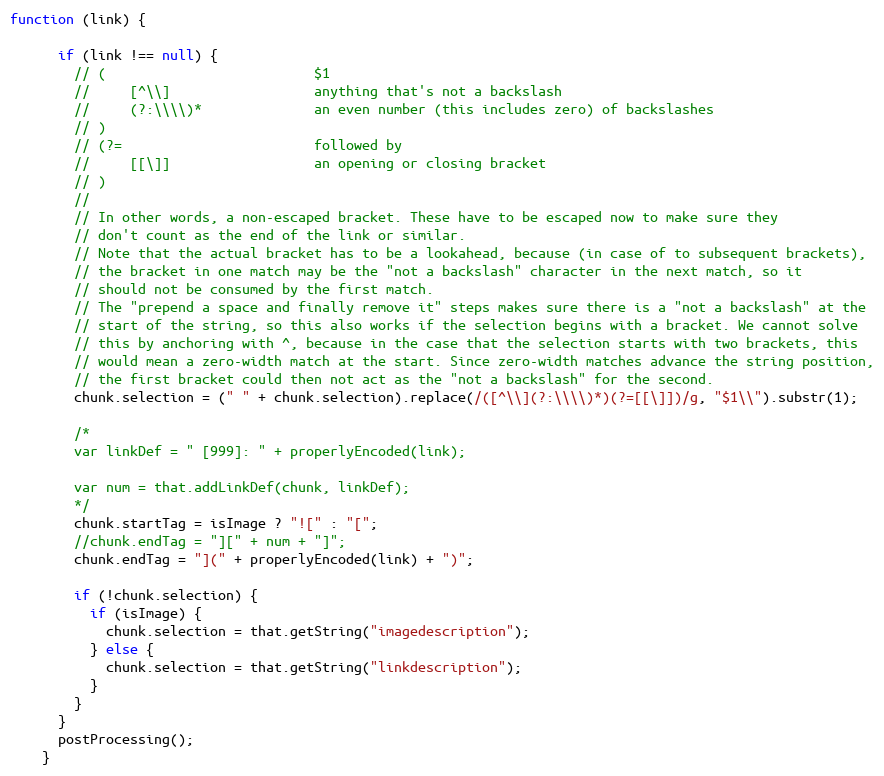
Language: JavaScript
function (link) {

      if (link !== null) {
        // (                          $1
        //     [^\\]                  anything that's not a backslash
        //     (?:\\\\)*              an even number (this includes zero) of backslashes
        // )
        // (?=                        followed by
        //     [[\]]                  an opening or closing bracket
        // )
        //
        // In other words, a non-escaped bracket. These have to be escaped now to make sure they
        // don't count as the end of the link or similar.
        // Note that the actual bracket has to be a lookahead, because (in case of to subsequent brackets),
        // the bracket in one match may be the "not a backslash" character in the next match, so it
        // should not be consumed by the first match.
        // The "prepend a space and finally remove it" steps makes sure there is a "not a backslash" at the
        // start of the string, so this also works if the selection begins with a bracket. We cannot solve
        // this by anchoring with ^, because in the case that the selection starts with two brackets, this
        // would mean a zero-width match at the start. Since zero-width matches advance the string position,
        // the first bracket could then not act as the "not a backslash" for the second.
        chunk.selection = (" " + chunk.selection).replace(/([^\\](?:\\\\)*)(?=[[\]])/g, "$1\\").substr(1);

        /*
        var linkDef = " [999]: " + properlyEncoded(link);

        var num = that.addLinkDef(chunk, linkDef);
        */
        chunk.startTag = isImage ? "![" : "[";
        //chunk.endTag = "][" + num + "]";
        chunk.endTag = "](" + properlyEncoded(link) + ")";

        if (!chunk.selection) {
          if (isImage) {
            chunk.selection = that.getString("imagedescription");
          } else {
            chunk.selection = that.getString("linkdescription");
          }
        }
      }
      postProcessing();
    }